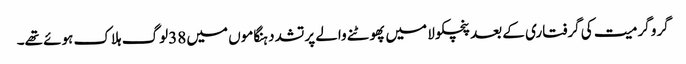
گرو گرمیت کی گرفتاری کے بعد پنچکولا میں پھوٹنے والے پرتشدد ہنگاموں میں 38لوگ ہلاک ہوئے تھے۔